Civil Veterinary Dept. North-West Frontier Province 1923-32 - 1923-1932
Year: 1923
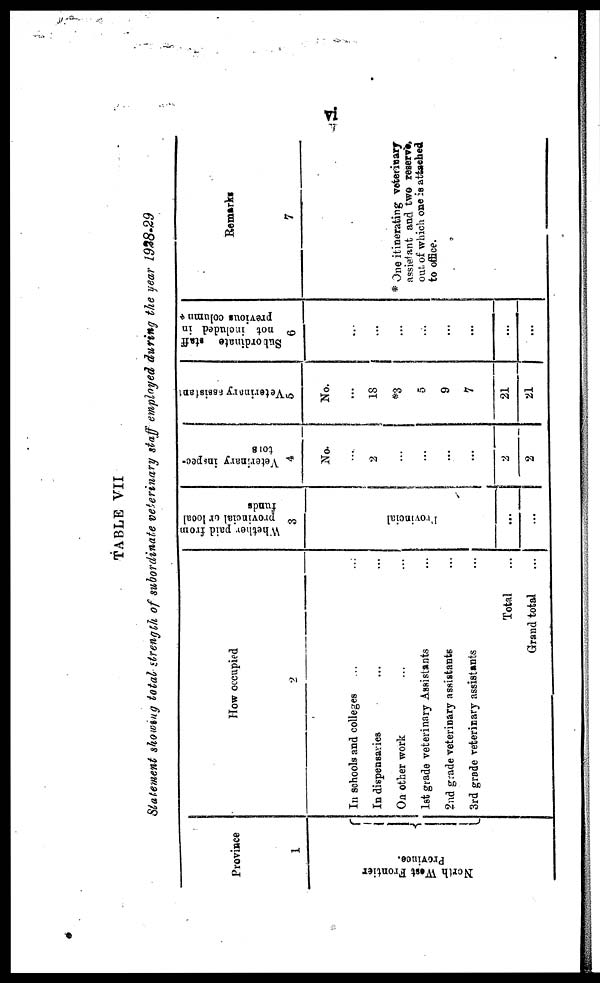
vi
TABLE VII
Statement showing total strength of subordinate veterinary staff employed during the year 1928-29
Province
1
North West Frontier
Province.
How occupied
2
In schools and colleges … …
In dispensaries … …
On other work … …
1st grade veterinary Assistants …
2nd grade veterinary assistants …
3rd grade veterinary assistants …
Total …
Grand total …
Whether
paid from
provincial or local
funds
3
Provincial
…
…
Veterinary inspec-
tor
4
No.
...
2
…
...
...
...
2
2
Veterinary assistant
5
No.
...
18
*3
5
9
7
21
21
Sub ordinate staff
not included in
previous column *
6
…
...
...
…
…
…
...
...
...
Remarks
7
* One itinerating veterinary
assistant and two reserve,
out of which one is attached
to office.